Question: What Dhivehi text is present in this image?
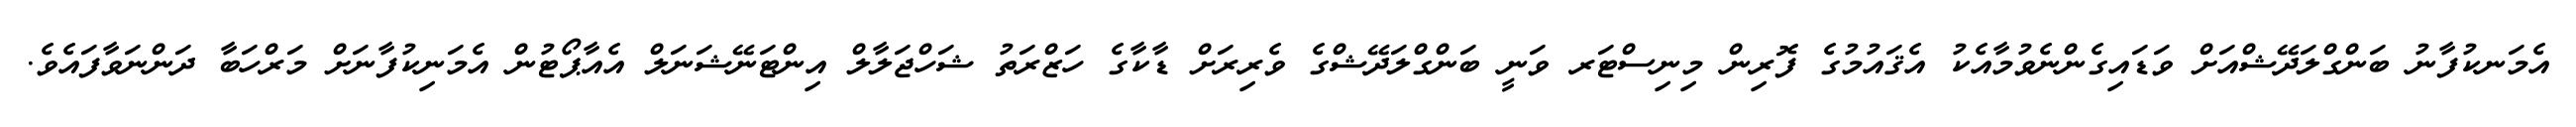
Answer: އެމަނކުފާނު ބަންގްލަދޭޝްއަށް ވަޑައިގެންނެވުމާއެކު އެޤައުމުގެ ފޮރިން މިނިސްޓަރ ވަނީ ބަންގްލަދޭޝްގެ ވެރިރަށް ޑާކާގެ ހަޒްރަތު ޝަހްޖަލާލް އިންޓަނޭޝަނަލް އެއާޕޯޓުން އެމަނިކުފާނަށް މަރްހަބާ ދަންނަވާފައެވެ.